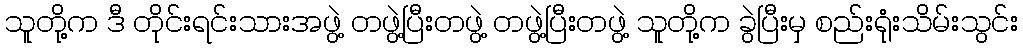
သူတို့က ဒီ တိုင်းရင်းသားအဖွဲ့ တဖွဲ့ပြီးတဖွဲ့ တဖွဲ့ပြီးတဖွဲ့ သူတို့က ခွဲပြီးမှ စည်းရုံးသိမ်းသွင်း